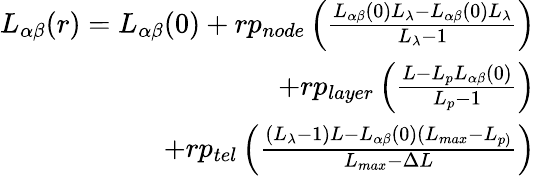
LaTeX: \begin{array}{r}{L_{\alpha\beta}(r)=L_{\alpha\beta}(0)+rp_{node}\left(\frac{L_{\alpha\beta}(0)L_{\lambda}-L_{\alpha\beta}(0)L_{\lambda}}{L_{\lambda}-1}\right)}\\ {+rp_{layer}\left(\frac{L-L_{p}L_{\alpha\beta}(0)}{L_{p}-1}\right)}\\ {+rp_{tel}\left(\frac{(L_{\lambda}-1)L-L_{\alpha\beta}(0)(L_{max}-L_{p)}}{L_{max}-\Delta L}\right)}\end{array}